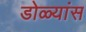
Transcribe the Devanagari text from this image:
डोळ्यांस